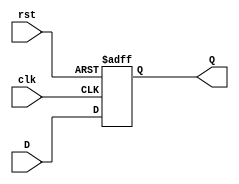
module stage_register #(
    parameter WIDTH = 8  // Parameter for data width
)(
    input wire clk,      // Clock signal
    input wire rst,      // Reset signal
    input wire [WIDTH-1:0] D, // Data input
    output reg [WIDTH-1:0] Q   // Data output
);

// Synchronous reset behavior
always @(posedge clk or posedge rst) begin
    if (rst) begin
        Q <= {WIDTH{1'b0}}; // Reset output to 0
    end else begin
        Q <= D; // Capture input data on clock edge
    end
end

endmodule